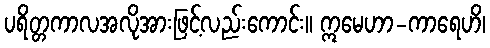
ပရိတ္တကာလအလိုအားဖြင့်လည်းကောင်း။ ဣမေဟာ-ကာရေဟိ၊